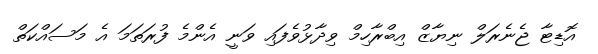
އޮޑިޓާ ޖެނެރަލް ނިޔާޒް އިބްރާހިމް ވިދާޅުވެފައި ވަނީ އެންމެ ފުރަތަމަ އެ މަސައްކަތް